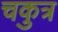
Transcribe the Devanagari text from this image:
चकुत्र